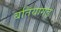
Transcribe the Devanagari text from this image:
बतियागढ़